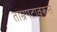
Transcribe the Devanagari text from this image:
ताम्रपटावरून